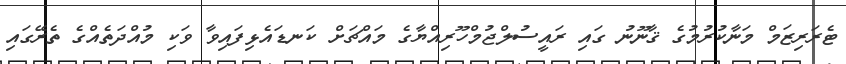
ޓެރަރިޒަމް މަނާކުރުމުގެ ޤާނޫނު ގައި ރައީސުލްޖުމްހޫރިއްޔާގެ މައްޗަށް ކަނޑައެޅިފައިވާ ވަކި މުއްދަތެއްގެ ތެރޭގައި